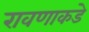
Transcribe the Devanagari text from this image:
रावणाकडे